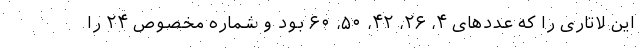
این لاتاری را که عددهای ۴، ۲۶، ۴۲، ۵۰، ۶۰ بود و شماره مخصوص ۲۴ را